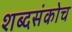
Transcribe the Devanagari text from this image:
शब्दसंकोच